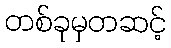
တစ်ခုမှတဆင့်